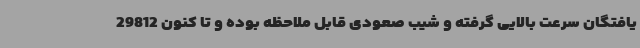
یافتگان سرعت بالایی گرفته و شیب صعودی قابل ملاحظه بوده و تا کنون 29812